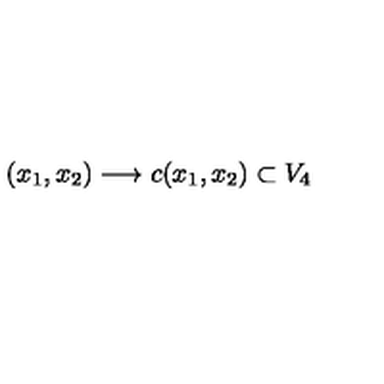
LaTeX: ( x _ { 1 } , x _ { 2 } ) \longrightarrow c ( x _ { 1 } , x _ { 2 } ) \subset V _ { 4 }